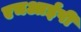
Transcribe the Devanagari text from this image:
एचआईपी